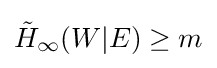
{\tilde {H}}_{\mathrm {\infty } }(W|E)\geq m